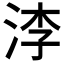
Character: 𣵎